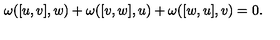
\omega ( [ u , v ] , w ) + \omega ( [ v , w ] , u ) + \omega ( [ w , u ] , v ) = 0 .